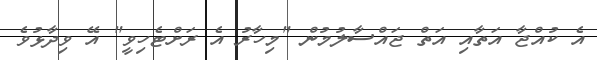
އެ ކުއްޖާ އަތާއި އަތް ޖައްސާލުމުން "މިހާރު އެ ރަށްޓެހިވީ" އޭ ވިދާޅުވެ